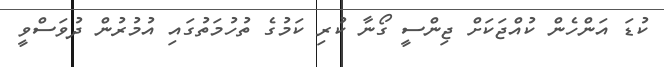
ކުޑަ އަންހެން ކުއްޖަކަށް ޖިންސީ ގޯނާ ކުރި ކަމުގެ ތުހުމަތުގައި އުމުރުން ދުވަސްވީ